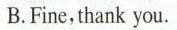
B.Fine,thank you.